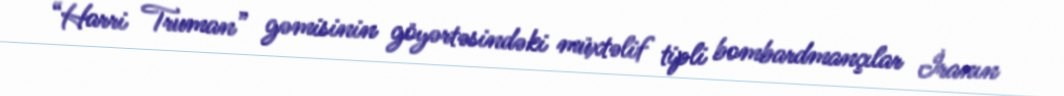
“Harri Truman” gəmisinin göyərtəsindəki müxtəlif tipli bombardmançılar İranın